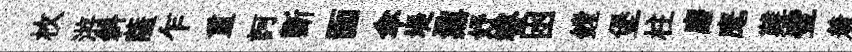
枚㳺斜薩乍重訶斵靣傘堤鼐妤睿囦鏜堡柱磨麾難璧着